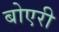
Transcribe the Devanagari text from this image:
बोएरी